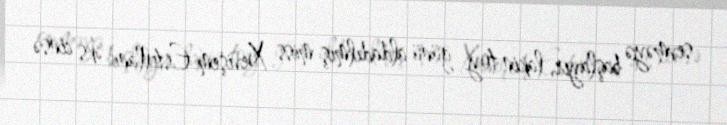
sevməyə başlayır, lakin toy günü aldadılmış miss Xevişem Estellanı əks cinsə